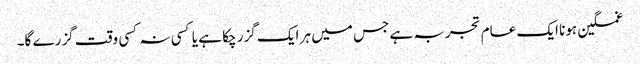
غمگین ہونا ایک عام تجربہ ہے جس میں ہر ایک گزر چکا ہے یا کسی نہ کسی وقت گزرے گا۔